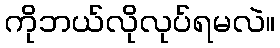
ကိုဘယ်လိုလုပ်ရမလဲ။